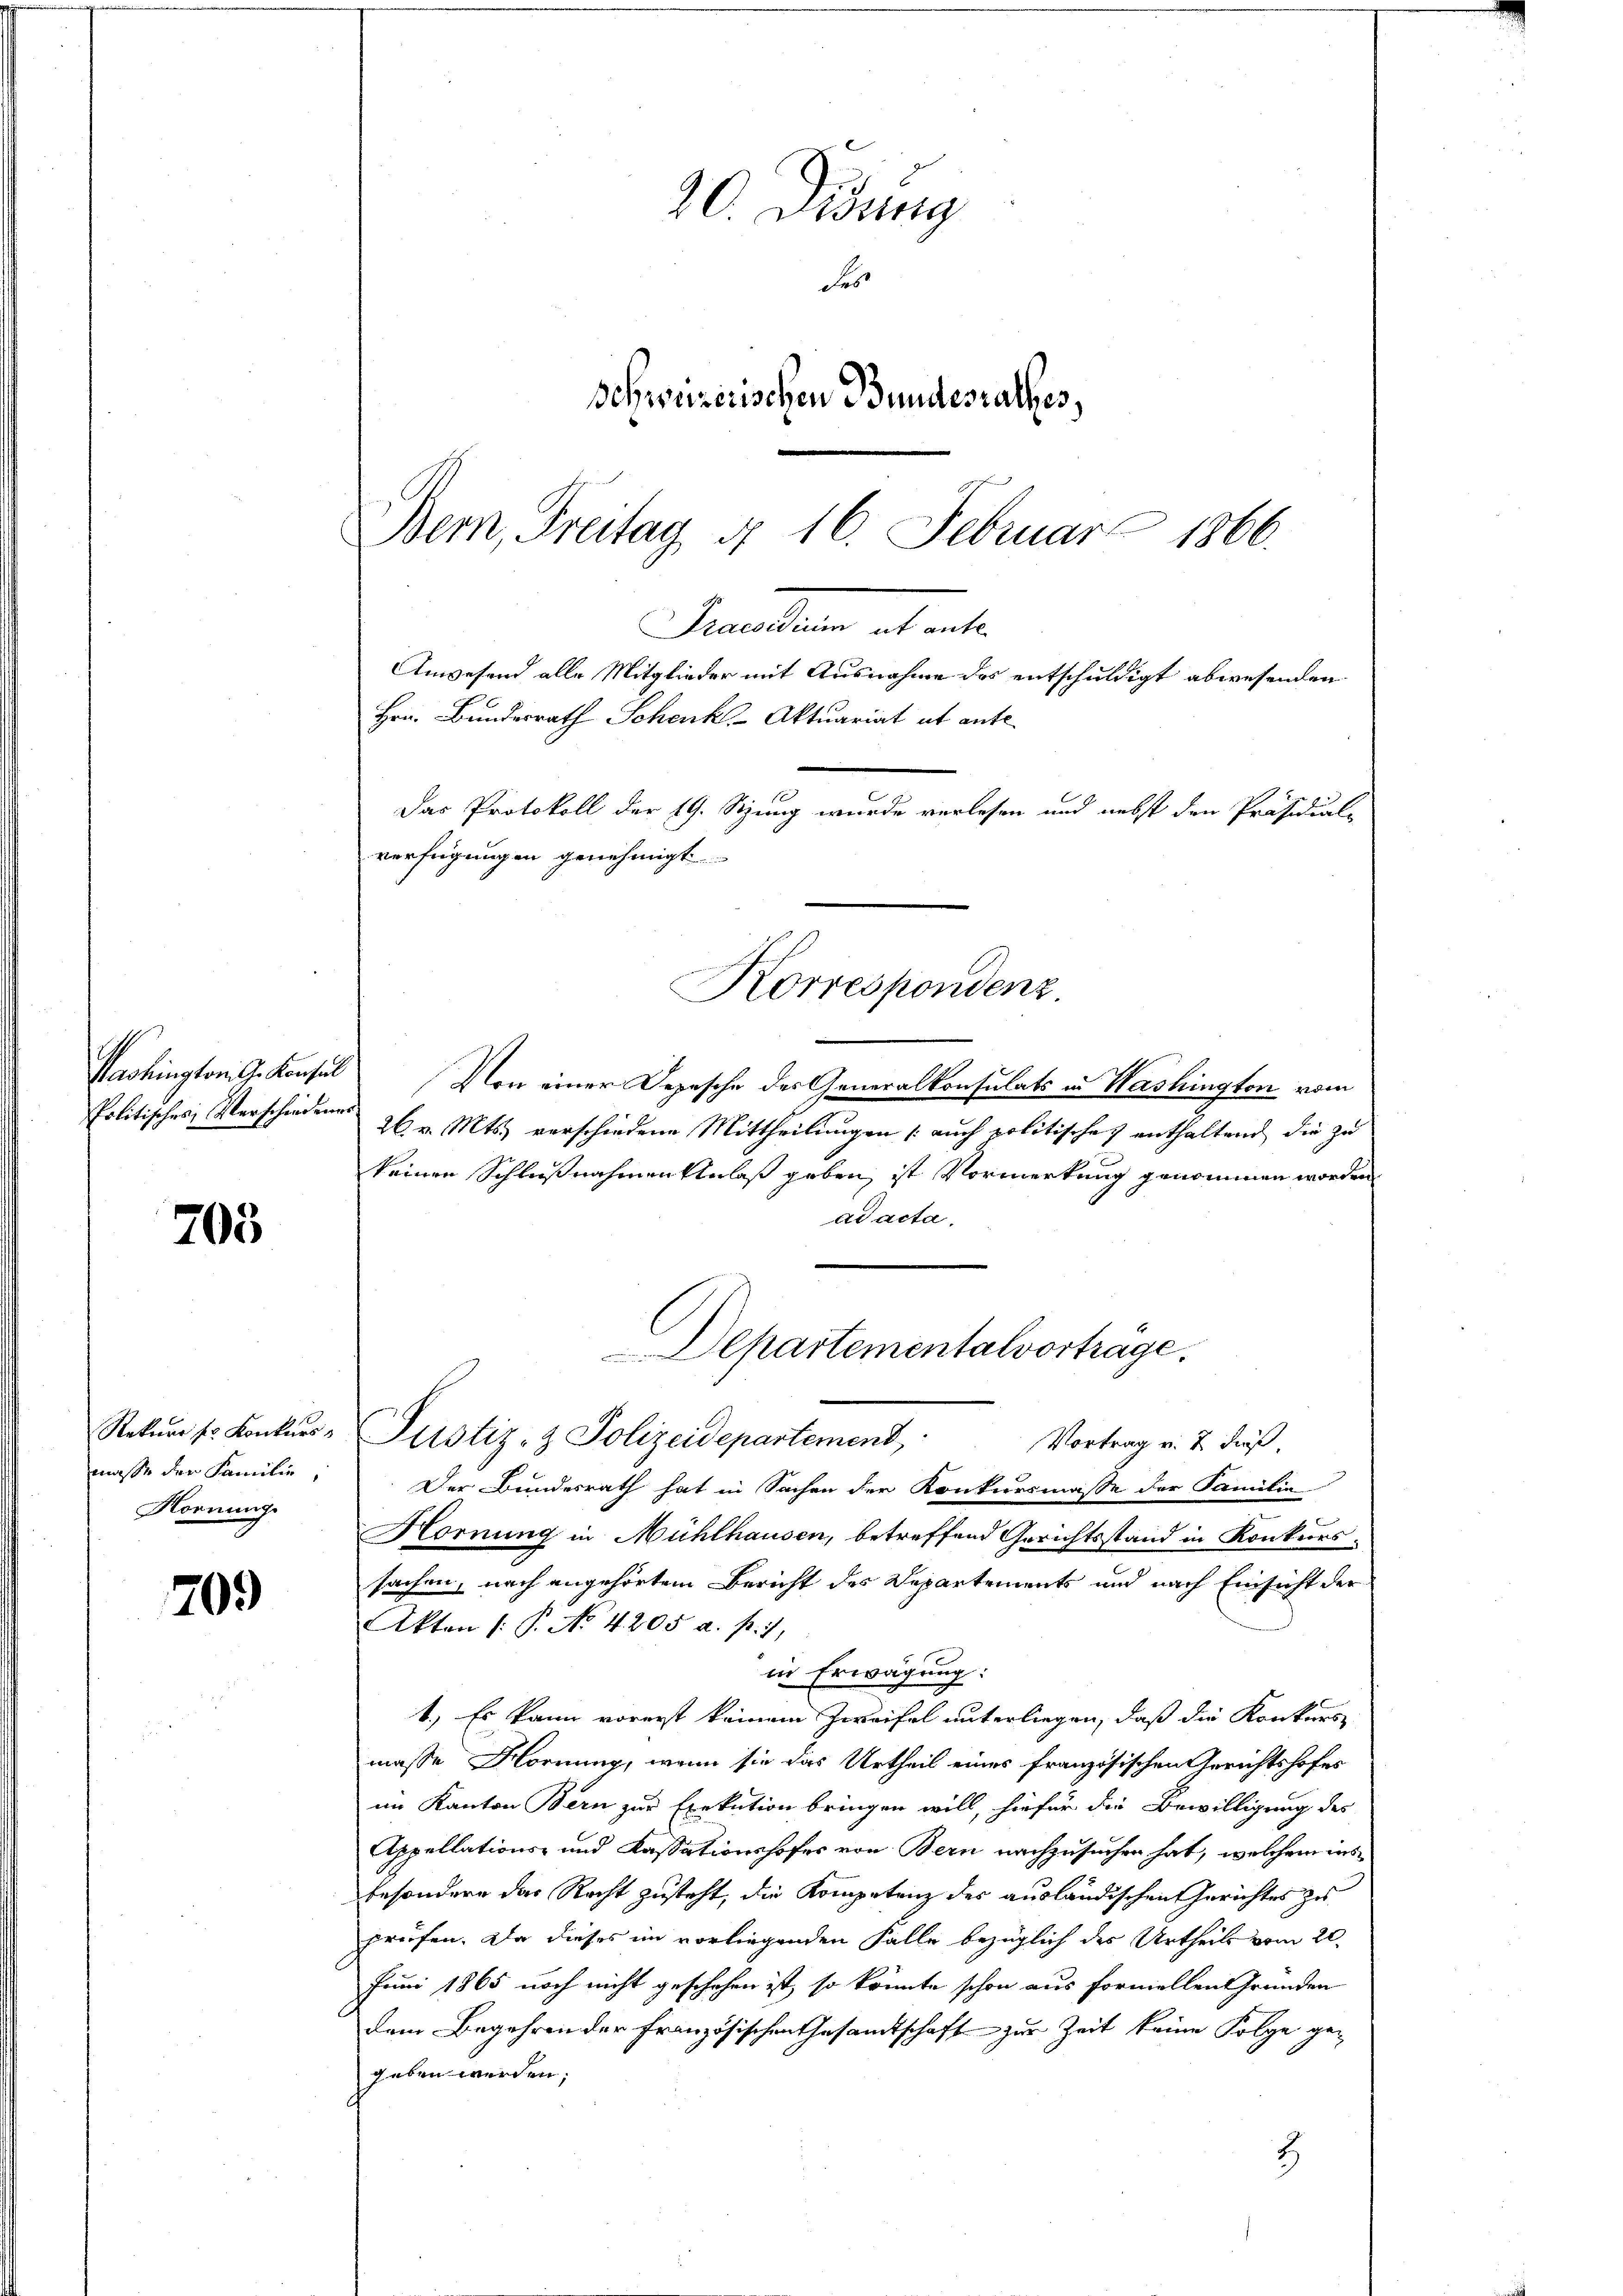
Washington G. Konsul
Politisches Verschiedene

703

Rekurrer Konkurs
masse der Familie,
Hornung.

709

Bern, Freitag § 16. Februar 1866.
Praesidium ist ante
Anwesend alle Mitglieder mit Ausnahme des entschuldigt abwesenden
Hrn. Bundesrath Schenk Aktuariat et ante
Das Protokoll der 19. Sitzung wurde verlesen und nebst den Präsidial-

20 Didung
Ses
Schweizerischen Bundesrathes,

Von einer Depesche des Generalkonsulats in Washington vom

26. v. Mts. verschiedene Mittheilungen (auch politisches enthaltend die zu
keinen Schlußnahmen Anlaß geben, ist Vormerkung genommen worden
ad acta.
Justiz- & Polizeidepartement,
Vortrag v. 2. daß
Der Bundesrath hat in Sachen der Konkursmasse der Familie
.
Hornung in Mühlhausen, betreffend Gerichtsstand in Konkurs-
sachen, nach angehörtem Bericht des Departements und nach Einsicht der
Akten (: P. No 4205 a. p. 1,
in Erwägung:
1.) Es kann vorerst keinem Zweifel unterliegen, daß die Konkurs
masse Hornung, wenn sie das Urtheil eines französischen Gerichtshofes
im Kanton Bern zur Exekution bringen will, hiefür die Bewilligung des
Appellations- und Kassationshofer von Bern nachzusuchen hat, welchem insbesondere das Recht zusteht, die Kompetenz des ausländischen Gerichtes zu
prüfen. Da dieses im vorliegenden Falle bezüglich der Urtheils vom 20.
Fruni 1865 noch nicht geschehen ist, so könnte schon aus formellen Gründen
dem Begehren der französischen Gesandtschaft zur Zeit keine Folge ge-
geben werden.
2

verfügungen genehmigt
Korrespondenz

Departementalvortrage,